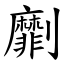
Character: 劘